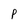
Character: P